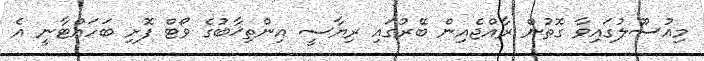
މިއުސޫލުގައިވާ ގޮތުން ރާއްޖެއިން ބޭރުގައި ރިޔާސީ އިންތިޚާބުގެ ވޯޓް ފޮށި ބަހައްޓާނީ އެ